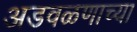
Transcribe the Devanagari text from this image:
अडवळणाच्या